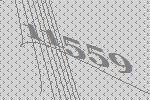
11559